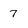
Character: 7